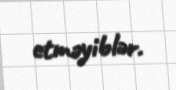
etməyiblər.